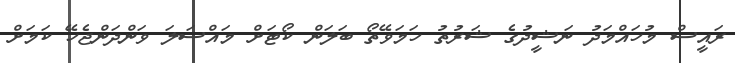
ރައީސް މުހައްމަދު ނަޝީދުގެ ޝަރުތު ހަމަވޭތޯ ބަލަން ކޯޓަށް މައްސަލަ ވަންދަންޖެހޭ ކަމަށް